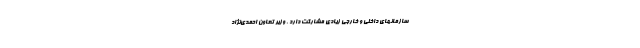
سازمانهای داخلی و خارجی زیادی مشارکت دارد . وزیر تعاون احمدی‌نژاد